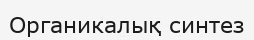
Органикалық синтез